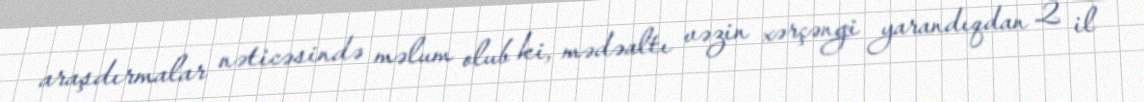
araşdırmalar nəticəsində məlum olub ki, mədəaltı vəzin xərçəngi yarandıqdan 2 il